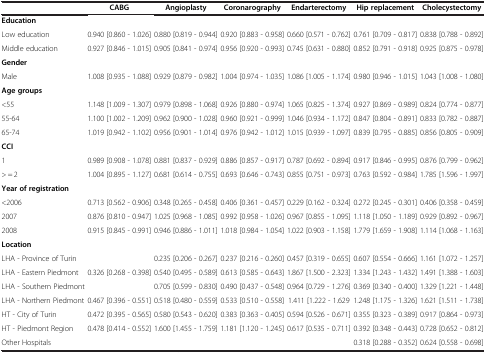
<table><thead><tr><td><b> </b></td><td><b>CABG</b></td><td><b>Angioplasty</b></td><td><b>Coronarography</b></td><td><b>Endarterectomy</b></td><td><b>Hip replacement</b></td><td><b>Cholecystectomy</b></td></tr></thead><tbody><tr><td colspan="7"><b>Education</b></td></tr><tr><td>Low education</td><td>0.940 [0.860 - 1.026]</td><td>0.880 [0.819 - 0.944]</td><td>0.920 [0.883 - 0.958]</td><td>0.660 [0.571 - 0.762]</td><td>0.761 [0.709 - 0.817]</td><td>0.838 [0.788 - 0.892]</td></tr><tr><td>Middle education</td><td>0.927 [0.846 - 1.015]</td><td>0.905 [0.841 - 0.974]</td><td>0.956 [0.920 - 0.993]</td><td>0.745 [0.631 - 0.880]</td><td>0.852 [0.791 - 0.918]</td><td>0.925 [0.875 - 0.978]</td></tr><tr><td colspan="7"><b>Gender</b></td></tr><tr><td>Male</td><td>1.008 [0.935 - 1.088]</td><td>0.929 [0.879 - 0.982]</td><td>1.004 [0.974 - 1.035]</td><td>1.086 [1.005 - 1.174]</td><td>0.980 [0.946 - 1.015]</td><td>1.043 [1.008 - 1.080]</td></tr><tr><td colspan="7"><b>Age groups</b></td></tr><tr><td>&lt;55</td><td>1.148 [1.009 - 1.307]</td><td>0.979 [0.898 - 1.068]</td><td>0.926 [0.880 - 0.974]</td><td>1.065 [0.825 - 1.374]</td><td>0.927 [0.869 - 0.989]</td><td>0.824 [0.774 - 0.877]</td></tr><tr><td>55-64</td><td>1.100 [1.002 - 1.209]</td><td>0.962 [0.900 - 1.028]</td><td>0.960 [0.921 - 0.999]</td><td>1.046 [0.934 - 1.172]</td><td>0.847 [0.804 - 0.891]</td><td>0.833 [0.782 - 0.887]</td></tr><tr><td>65-74</td><td>1.019 [0.942 - 1.102]</td><td>0.956 [0.901 - 1.014]</td><td>0.976 [0.942 - 1.012]</td><td>1.015 [0.939 - 1.097]</td><td>0.839 [0.795 - 0.885]</td><td>0.856 [0.805 - 0.909]</td></tr><tr><td colspan="7"><b>CCI</b></td></tr><tr><td>1</td><td>0.989 [0.908 - 1.078]</td><td>0.881 [0.837 - 0.929]</td><td>0.886 [0.857 - 0.917]</td><td>0.787 [0.692 - 0.894]</td><td>0.917 [0.846 - 0.995]</td><td>0.876 [0.799 - 0.962]</td></tr><tr><td>&gt; = 2</td><td>1.004 [0.895 - 1.127]</td><td>0.681 [0.614 - 0.755]</td><td>0.693 [0.646 - 0.743]</td><td>0.855 [0.751 - 0.973]</td><td>0.763 [0.592 - 0.984]</td><td>1.785 [1.596 - 1.997]</td></tr><tr><td colspan="7"><b>Year of registration</b></td></tr><tr><td>&lt;2006</td><td>0.713 [0.562 - 0.906]</td><td>0.348 [0.265 - 0.458]</td><td>0.406 [0.361 - 0.457]</td><td>0.229 [0.162 - 0.324]</td><td>0.272 [0.245 - 0.301]</td><td>0.406 [0.358 - 0.459]</td></tr><tr><td>2007</td><td>0.876 [0.810 - 0.947]</td><td>1.025 [0.968 - 1.085]</td><td>0.992 [0.958 - 1.026]</td><td>0.967 [0.855 - 1.095]</td><td>1.118 [1.050 - 1.189]</td><td>0.929 [0.892 - 0.967]</td></tr><tr><td>2008</td><td>0.915 [0.845 - 0.991]</td><td>0.946 [0.886 - 1.011]</td><td>1.018 [0.984 - 1.054]</td><td>1.022 [0.903 - 1.158]</td><td>1.779 [1.659 - 1.908]</td><td>1.114 [1.068 - 1.163]</td></tr><tr><td colspan="7"><b>Location</b></td></tr><tr><td>LHA - Province of Turin</td><td> </td><td>0.235 [0.206 - 0.267]</td><td>0.237 [0.216 - 0.260]</td><td>0.457 [0.319 - 0.655]</td><td>0.607 [0.554 - 0.666]</td><td>1.161 [1.072 - 1.257]</td></tr><tr><td>LHA - Eastern Piedmont</td><td>0.326 [0.268 - 0.398]</td><td>0.540 [0.495 - 0.589]</td><td>0.613 [0.585 - 0.643]</td><td>1.867 [1.500 - 2.323]</td><td>1.334 [1.243 - 1.432]</td><td>1.491 [1.388 - 1.603]</td></tr><tr><td>LHA - Southern Piedmont</td><td> </td><td>0.705 [0.599 - 0.830]</td><td>0.490 [0.437 - 0.548]</td><td>0.964 [0.729 - 1.276]</td><td>0.369 [0.340 - 0.400]</td><td>1.329 [1.221 - 1.448]</td></tr><tr><td>LHA - Northern Piedmont</td><td>0.467 [0.396 - 0.551]</td><td>0.518 [0.480 - 0.559]</td><td>0.533 [0.510 - 0.558]</td><td>1.411 [1.222 - 1.629</td><td>1.248 [1.175 - 1.326]</td><td>1.621 [1.511 - 1.738]</td></tr><tr><td>HT - City of Turin</td><td>0.472 [0.395 - 0.565]</td><td>0.580 [0.543 - 0.620]</td><td>0.383 [0.363 - 0.405]</td><td>0.594 [0.526 - 0.671]</td><td>0.355 [0.323 - 0.389]</td><td>0.917 [0.864 - 0.973]</td></tr><tr><td>HT - Piedmont Region</td><td>0.478 [0.414 - 0.552]</td><td>1.600 [1.455 - 1.759]</td><td>1.181 [1.120 - 1.245]</td><td>0.617 [0.535 - 0.711]</td><td>0.392 [0.348 - 0.443]</td><td>0.728 [0.652 - 0.812]</td></tr><tr><td>Other Hospitals</td><td> </td><td> </td><td> </td><td> </td><td>0.318 [0.288 - 0.352]</td><td>0.624 [0.558 - 0.698]</td></tr></tbody></table>